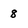
Character: 8